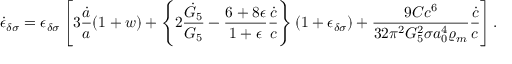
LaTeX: \dot { \epsilon } _ { \delta \sigma } = \epsilon _ { \delta \sigma } \left[ 3 { \frac { \dot { a } } { a } } ( 1 + w ) + \left\{ 2 { \frac { \dot { G } _ { 5 } } { G _ { 5 } } } - { \frac { 6 + 8 \epsilon } { 1 + \epsilon } } { \frac { \dot { c } } { c } } \right\} ( 1 + \epsilon _ { \delta \sigma } ) + { \frac { 9 C c ^ { 6 } } { 3 2 \pi ^ { 2 } G _ { 5 } ^ { 2 } \sigma a _ { 0 } ^ { 4 } \varrho _ { m } } } { \frac { \dot { c } } { c } } \right] .